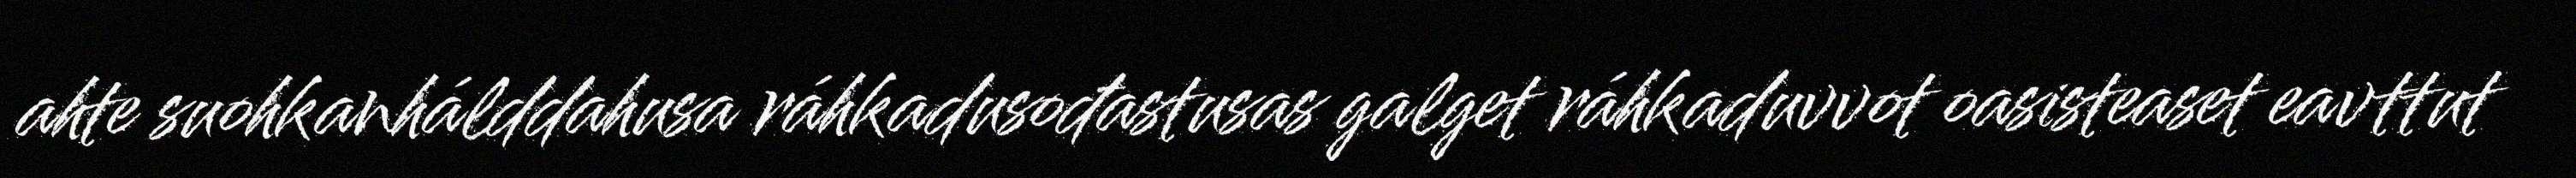
ahte suohkanhálddahusa ráhkadusođastusas galget ráhkaduvvot oasisteaset eavttut